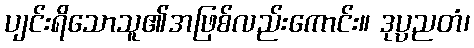
ပျင်းရိသောသူ၏အဖြစ်လည်းကောင်း။ ဒုပ္ပညတံ၊